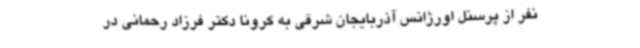
نفر از پرسنل اورژانس آذربایجان شرقی به کرونا دکتر فرزاد رحمانی در